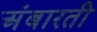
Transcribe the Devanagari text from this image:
अंबारती